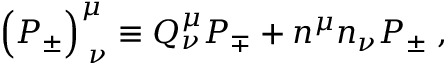
\Bigr ( { \cal P } _ { \pm } \Bigr ) _ { \; \nu } ^ { \mu } \equiv Q _ { \nu } ^ { \mu } P _ { \mp } + n ^ { \mu } n _ { \nu } P _ { \pm } \; ,